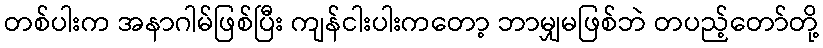
တစ်ပါးက အနာဂါမ်ဖြစ်ပြီး ကျန်ငါးပါးကတော့ ဘာမျှမဖြစ်ဘဲ တပည့်တော်တို့